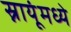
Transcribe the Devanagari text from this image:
स्नायूंमध्ये